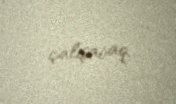
çalışacaq.